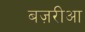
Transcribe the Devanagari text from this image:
बज़रीआ